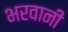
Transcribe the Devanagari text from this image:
भरवानी